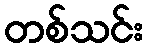
တစ်သင်း